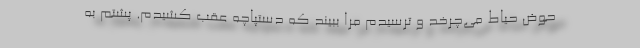
حوض حیاط می‌چرخد و ترسیدم مرا ببیند که دستپاچه عقب کشیدم. پشتم به